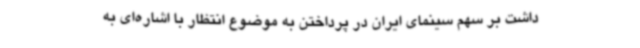
داشت بر سهم سینمای ایران در پرداختن به موضوع انتظار با اشاره‌ای به